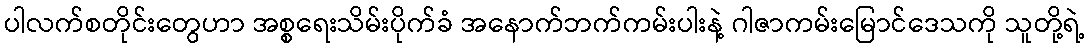
ပါလက်စတိုင်းတွေဟာ အစ္စရေးသိမ်းပိုက်ခံ အနောက်ဘက်ကမ်းပါးနဲ့ ဂါဇာကမ်းမြောင်ဒေသကို သူတို့ရဲ့